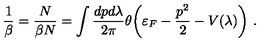
\frac { 1 } { \beta } = \frac { N } { \beta N } = \int \frac { d p d \lambda } { 2 \pi } \theta \biggl ( \varepsilon _ { F } - \frac { p ^ { 2 } } { 2 } - V ( \lambda ) \biggr ) \ .